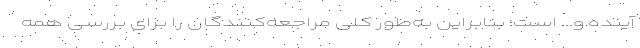
آینده و... است؛ بنابراین به‌طور کلی مراجعه‌کنندگان را برای بررسی همه